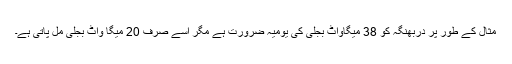
مثال کے طور پر دربھنگہ کو 38 میگاواٹ بجلی کی یومیہ ضرورت ہے مگر اسے صرف 20 میگا واٹ بجلی مل پاتی ہے۔